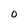
Character: o